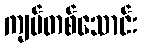
ကျပ်တစ်သောင်း